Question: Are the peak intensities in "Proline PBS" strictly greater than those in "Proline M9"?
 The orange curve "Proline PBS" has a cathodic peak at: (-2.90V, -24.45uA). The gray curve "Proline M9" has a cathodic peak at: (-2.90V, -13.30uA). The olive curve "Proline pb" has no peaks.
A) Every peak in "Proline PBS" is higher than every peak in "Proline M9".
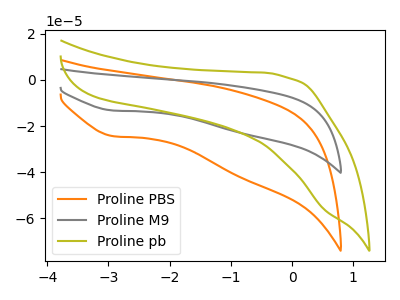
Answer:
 <answer>A) Every peak in "Proline PBS" is higher than every peak in "Proline M9".</answer>
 <eval>A</eval>